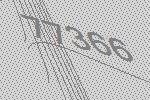
77366